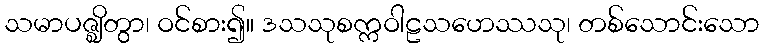
သမာပဇ္ဈိတွာ၊ ဝင်စား၍။ ဒသသုစက္ကဝါဠသဟေဿသု၊ တစ်သောင်းသော